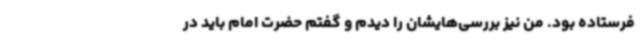
فرستاده بود. من نیز بررسی‌هایشان را دیدم و گفتم حضرت امام باید در